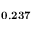
\mathbf { 0 . 2 3 7 }